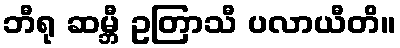
ဘီရု ဆမ္ဘီ ဥတြာသီ ပလာယီတိ။